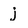
Character: j